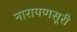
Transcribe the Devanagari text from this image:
नारायणसूरी